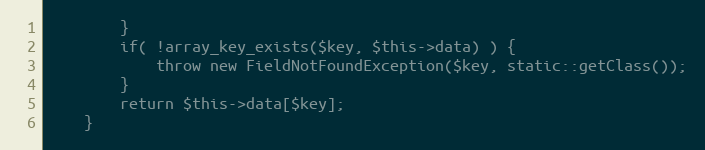
Language: PHP
		}
		if( !array_key_exists($key, $this->data) ) {
			throw new FieldNotFoundException($key, static::getClass());
		}
		return $this->data[$key];
	}